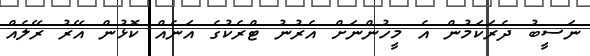
ނަސީބު ދެރަކަމުން އެ މީހުންނަށް އެރުނު ޓްރެކުގެ އަނެއް ކޮޅުން އޭރު ރޭލެއް